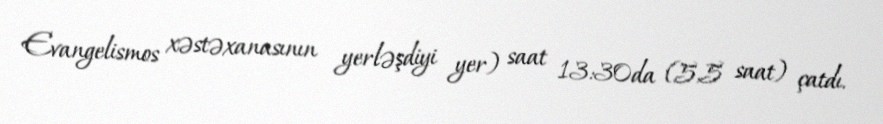
Evangelismos xəstəxanasının yerləşdiyi yer) saat 13:30da (5,5 saat) çatdı.